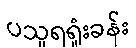
ပသူရရှုံးခန်း